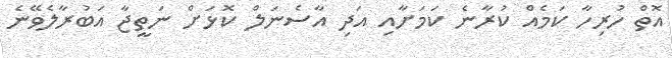
އޮތް ހުރިހާ ކަމެއް ކުރާނެ ކަމަށާއި އަދި އާސެނަލް ކޮޅަށް ނަތީޖާ އަބުރާލެވޭނެ